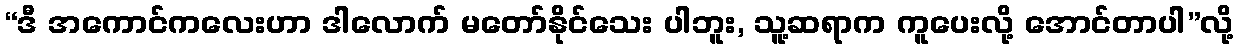
“ဒီ အကောင်ကလေးဟာ ဒါလောက် မတော်နိုင်သေး ပါဘူး, သူ့ဆရာက ကူပေးလို့ အောင်တာပါ”လို့